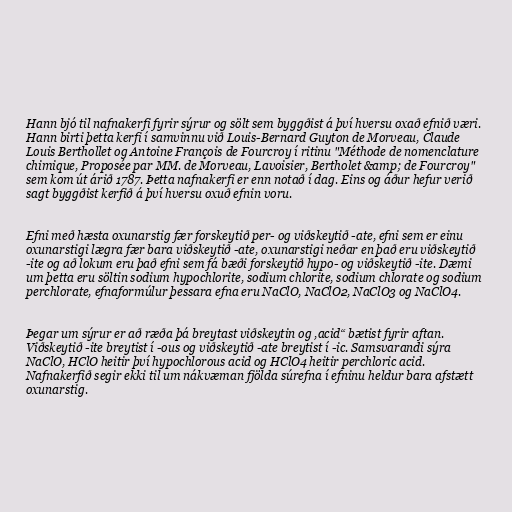
Hann bjó til nafnakerfi fyrir sýrur og sölt sem byggðist á því hversu oxað efnið væri.
Hann birti þetta kerfi í samvinnu við Louis-Bernard Guyton de Morveau, Claude
Louis Berthollet og Antoine François de Fourcroy í ritinu "Méthode de nomenclature
chimique, Proposée par MM. de Morveau, Lavoisier, Bertholet &amp; de Fourcroy"
sem kom út árið 1787. Þetta nafnakerfi er enn notað í dag. Eins og áður hefur verið
sagt byggðist kerfið á því hversu oxuð efnin voru.

Efni með hæsta oxunarstig fær forskeytið per- og viðskeytið -ate, efni sem er einu
oxunarstigi lægra fær bara viðskeytið -ate, oxunarstigi neðar en það eru viðskeytið
-ite og að lokum eru það efni sem fá bæði forskeytið hypo- og viðskeytið -ite. Dæmi
um þetta eru söltin sodium hypochlorite, sodium chlorite, sodium chlorate og sodium
perchlorate, efnaformúlur þessara efna eru NaClO, NaClO2, NaClO3 og NaClO4.

Þegar um sýrur er að ræða þá breytast viðskeytin og ,acid“ bætist fyrir aftan.
Viðskeytið -ite breytist í -ous og viðskeytið -ate breytist í -ic. Samsvarandi sýra
NaClO, HClO heitir því hypochlorous acid og HClO4 heitir perchloric acid.
Nafnakerfið segir ekki til um nákvæman fjölda súrefna í efninu heldur bara afstætt
oxunarstig.